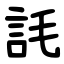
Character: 䚽